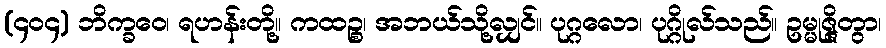
(၄၀၄) ဘိက္ခဝေ၊ ရဟန်းတို့။ ကထဉ္စ၊ အဘယ်သို့လျှင်။ ပုဂ္ဂလော၊ ပုဂ္ဂိုလ်သည်။ ဥမ္မုဇ္ဇိတွာ၊